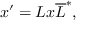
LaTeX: x ^ { \prime } = L x \overline { { { L } } } ^ { * } ,